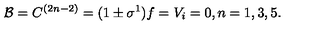
{ \cal B } = C ^ { ( 2 n - 2 ) } = ( 1 \pm \sigma ^ { 1 } ) f = V _ { i } = 0 , n = 1 , 3 , 5 .